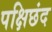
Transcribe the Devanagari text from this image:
पक्षिछंद